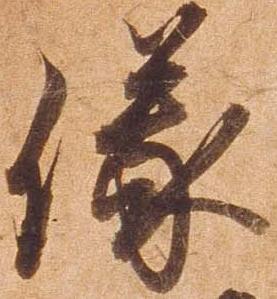
儀